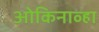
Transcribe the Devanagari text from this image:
ओकिनाव्हा